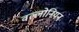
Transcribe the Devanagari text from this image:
वल्लोनियन